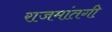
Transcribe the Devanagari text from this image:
राजमांतगी